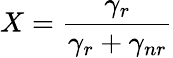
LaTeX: X=\frac{\gamma_{r}}{\gamma_{r}+\gamma_{nr}}